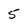
Character: 5